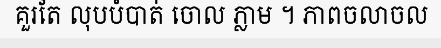
គួរតែ លុបបំបាត់ ចោល ភ្លាម ។ ភាពចលាចល